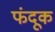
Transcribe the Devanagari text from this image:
फंदूक